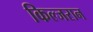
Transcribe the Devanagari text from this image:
किल्जरान